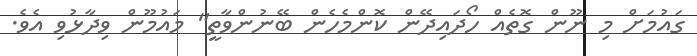
ގައުމަށް މި ނޫން ގޮތެއް ހޯދައިދޭން ކޮންމެހެން ބޭނުންވާތީ" މައުމޫން ވިދާޅުވި އެވެ.